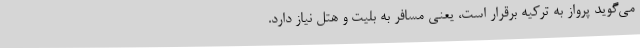
می‌گوید پرواز به ترکیه برقرار است، یعنی مسافر به بلیت و هتل نیاز دارد.